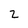
Character: 2